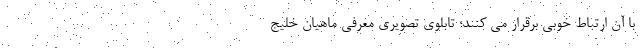
با آن ارتباط خوبی برقرار می کنند؛ تابلوی تصویری معرفی ماهیان خلیج